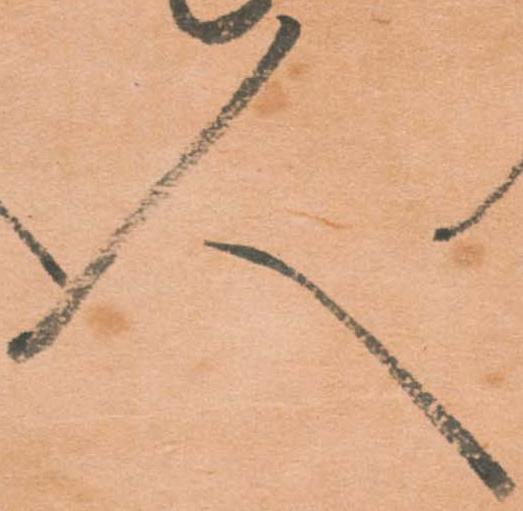
人